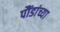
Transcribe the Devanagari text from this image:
पौंडांच्या